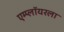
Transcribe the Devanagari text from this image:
एम्प्लॉयरला